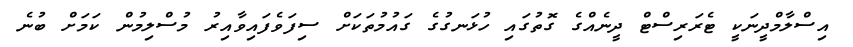
އިސްލާމްދީނަކީ ޓެރަރިސްޓް ދީނެއްގެ ގޮތުގައި ހުޅަނގުގެ ގައުމުތަކަށް ސިފަވެފައިވާއިރު މުސްލިމުން ކަމަށް ބުނެ